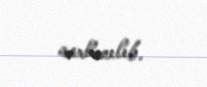
saxlanılıb.